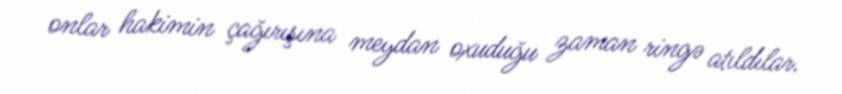
onlar hakimin çağırışına meydan oxuduğu zaman ringə atıldılar.